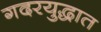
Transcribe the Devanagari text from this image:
गदरयुद्धात